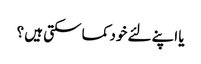
یا اپنے لئے خود کما سکتی ہیں ؟